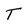
Character: T